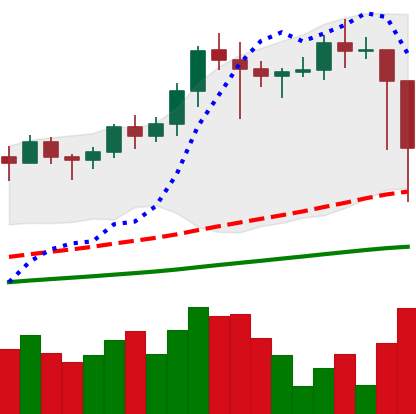
Ticker: LINK-USD
Chart end date: 2021-02-23
Forward return: -4.406%
Label: down_3_5